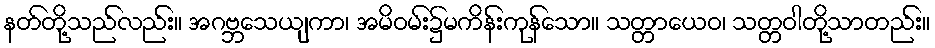
နတ်တို့သည်လည်း။ အဂဗ္ဘသေယျကာ၊ အမိဝမ်း၌မကိန်းကုန်သော။ သတ္တာယေဝ၊ သတ္တဝါတို့သာတည်း။